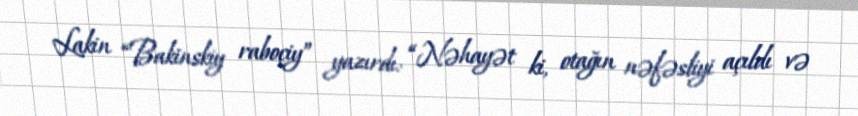
Lakin “Bakinskiy raboçiy” yazırdı: “Nəhayət ki, otağın nəfəsliyi açıldı və